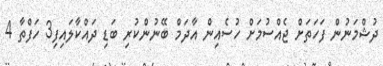
ދުޝްމަނުން ފަހަތަށް ޖެއްސުމަށް ހުސެއިން އާދަމް ބޭނުންކުރި ބަޑި ދައްކާލައިފި3 ހަފްތާ 4